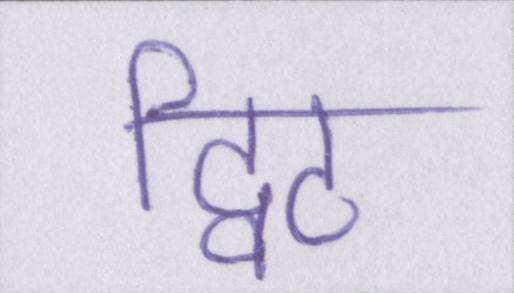
ट्विट